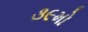
૩૯મો